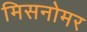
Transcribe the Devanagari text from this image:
मिसनोमर